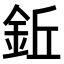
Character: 𫒒